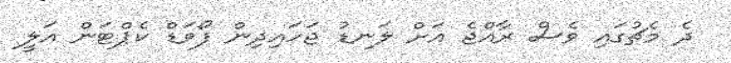
ދެ މެޗުގައި ވެސް ރާއްޖެ އަށް ލަނޑު ޖަހައިދިން ފޯވަޑް ކެޕްޓަން އަލީ